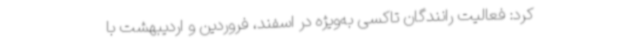
کرد: فعالیت رانندگان تاکسی به‌ویژه در اسفند، فروردین و اردیبهشت با